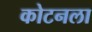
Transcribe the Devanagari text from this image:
कोटनला